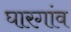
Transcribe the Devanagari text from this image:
घारगांव